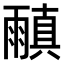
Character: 𩄠